Annual statistical returns and brief notes on vaccination in Bengal - 1887-1898
Year: 1887
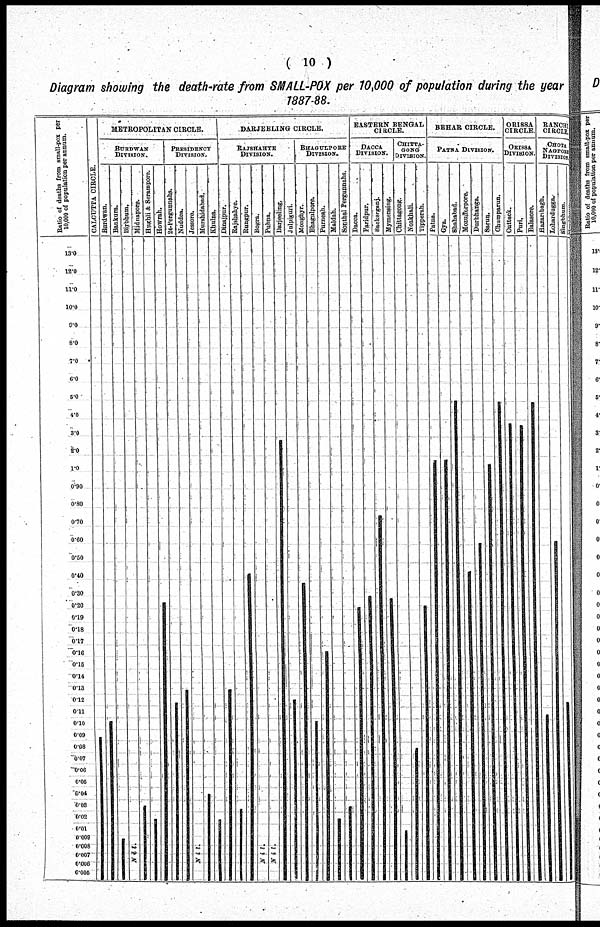
( 10 )
Diagram showing the death-rate from SMALL-POX per 10,000 of population during the year
1887-88.